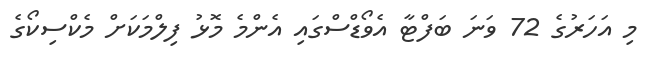
މި އަހަރުގެ 72 ވަނަ ބަފްޓާ އެވޯޑްސްގައި އެންމެ މޮޅު ފިލްމަކަށް މެކްސިކޯގެ